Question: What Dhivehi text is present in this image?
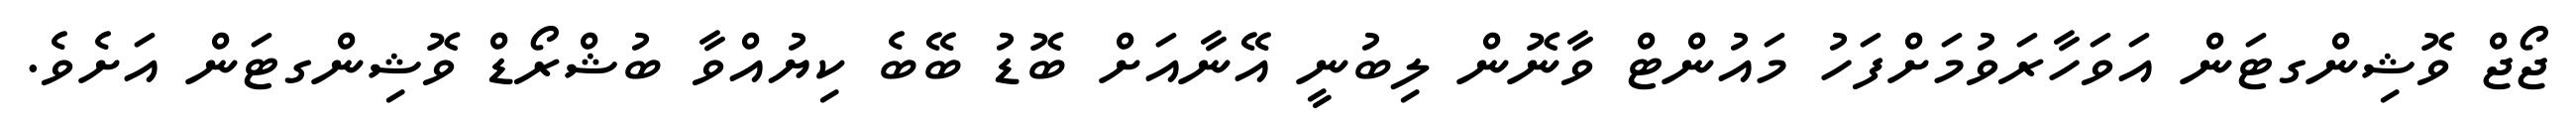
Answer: ޖޯޖް ވޮޝިންގޓަން އަވަހާރަވުމަށްފަހު މައުންޓް ވާނޮން ލިބުނީ އޭނާއަށް ބޮޑު ބޭބެ ކިޔުއްވާ ބުޝްރޯޑް ވޮޝިންގޓަން އަށެވެ.